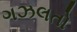
ગઝલતો